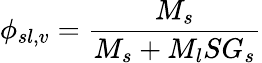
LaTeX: \phi_{sl,v}={\frac{M_{s}}{M_{s}+M_{l}SG_{s}}}